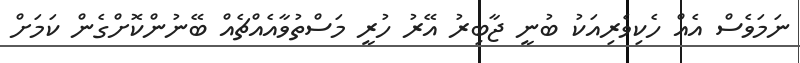
ނަމަވެސް އެއް ހެކިވެރިއަކު ބުނީ ޖާބިރު އޭރު ހުރީ މަސްތުވާއެއްޗެއް ބޭނުންކޮށްގެން ކަމަށް